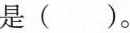
是()。